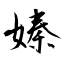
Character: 嫀